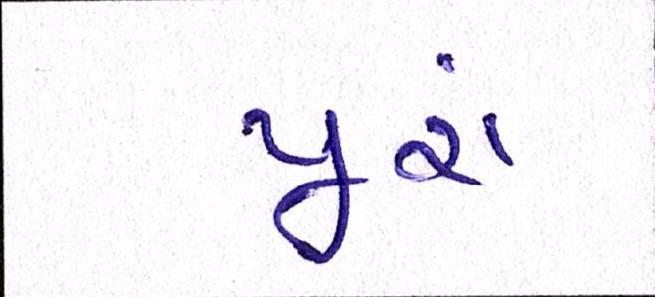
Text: પૂરાં